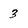
Character: 3